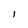
Character: i